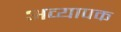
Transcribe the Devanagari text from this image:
अव्यापक